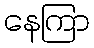
နေကြာ